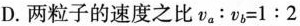
D.两粒子的速度之比$$v_{a}:v_{b}=1:2$